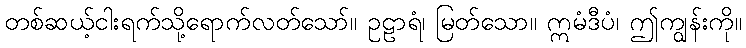
တစ်ဆယ့်ငါးရက်သို့ရောက်လတ်သော်။ ဥဠာရံ၊ မြတ်သော။ ဣမံဒီပံ၊ ဤကျွန်းကို။